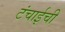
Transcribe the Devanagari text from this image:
टंचाईची